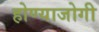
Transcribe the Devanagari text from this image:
होण्याजोगी